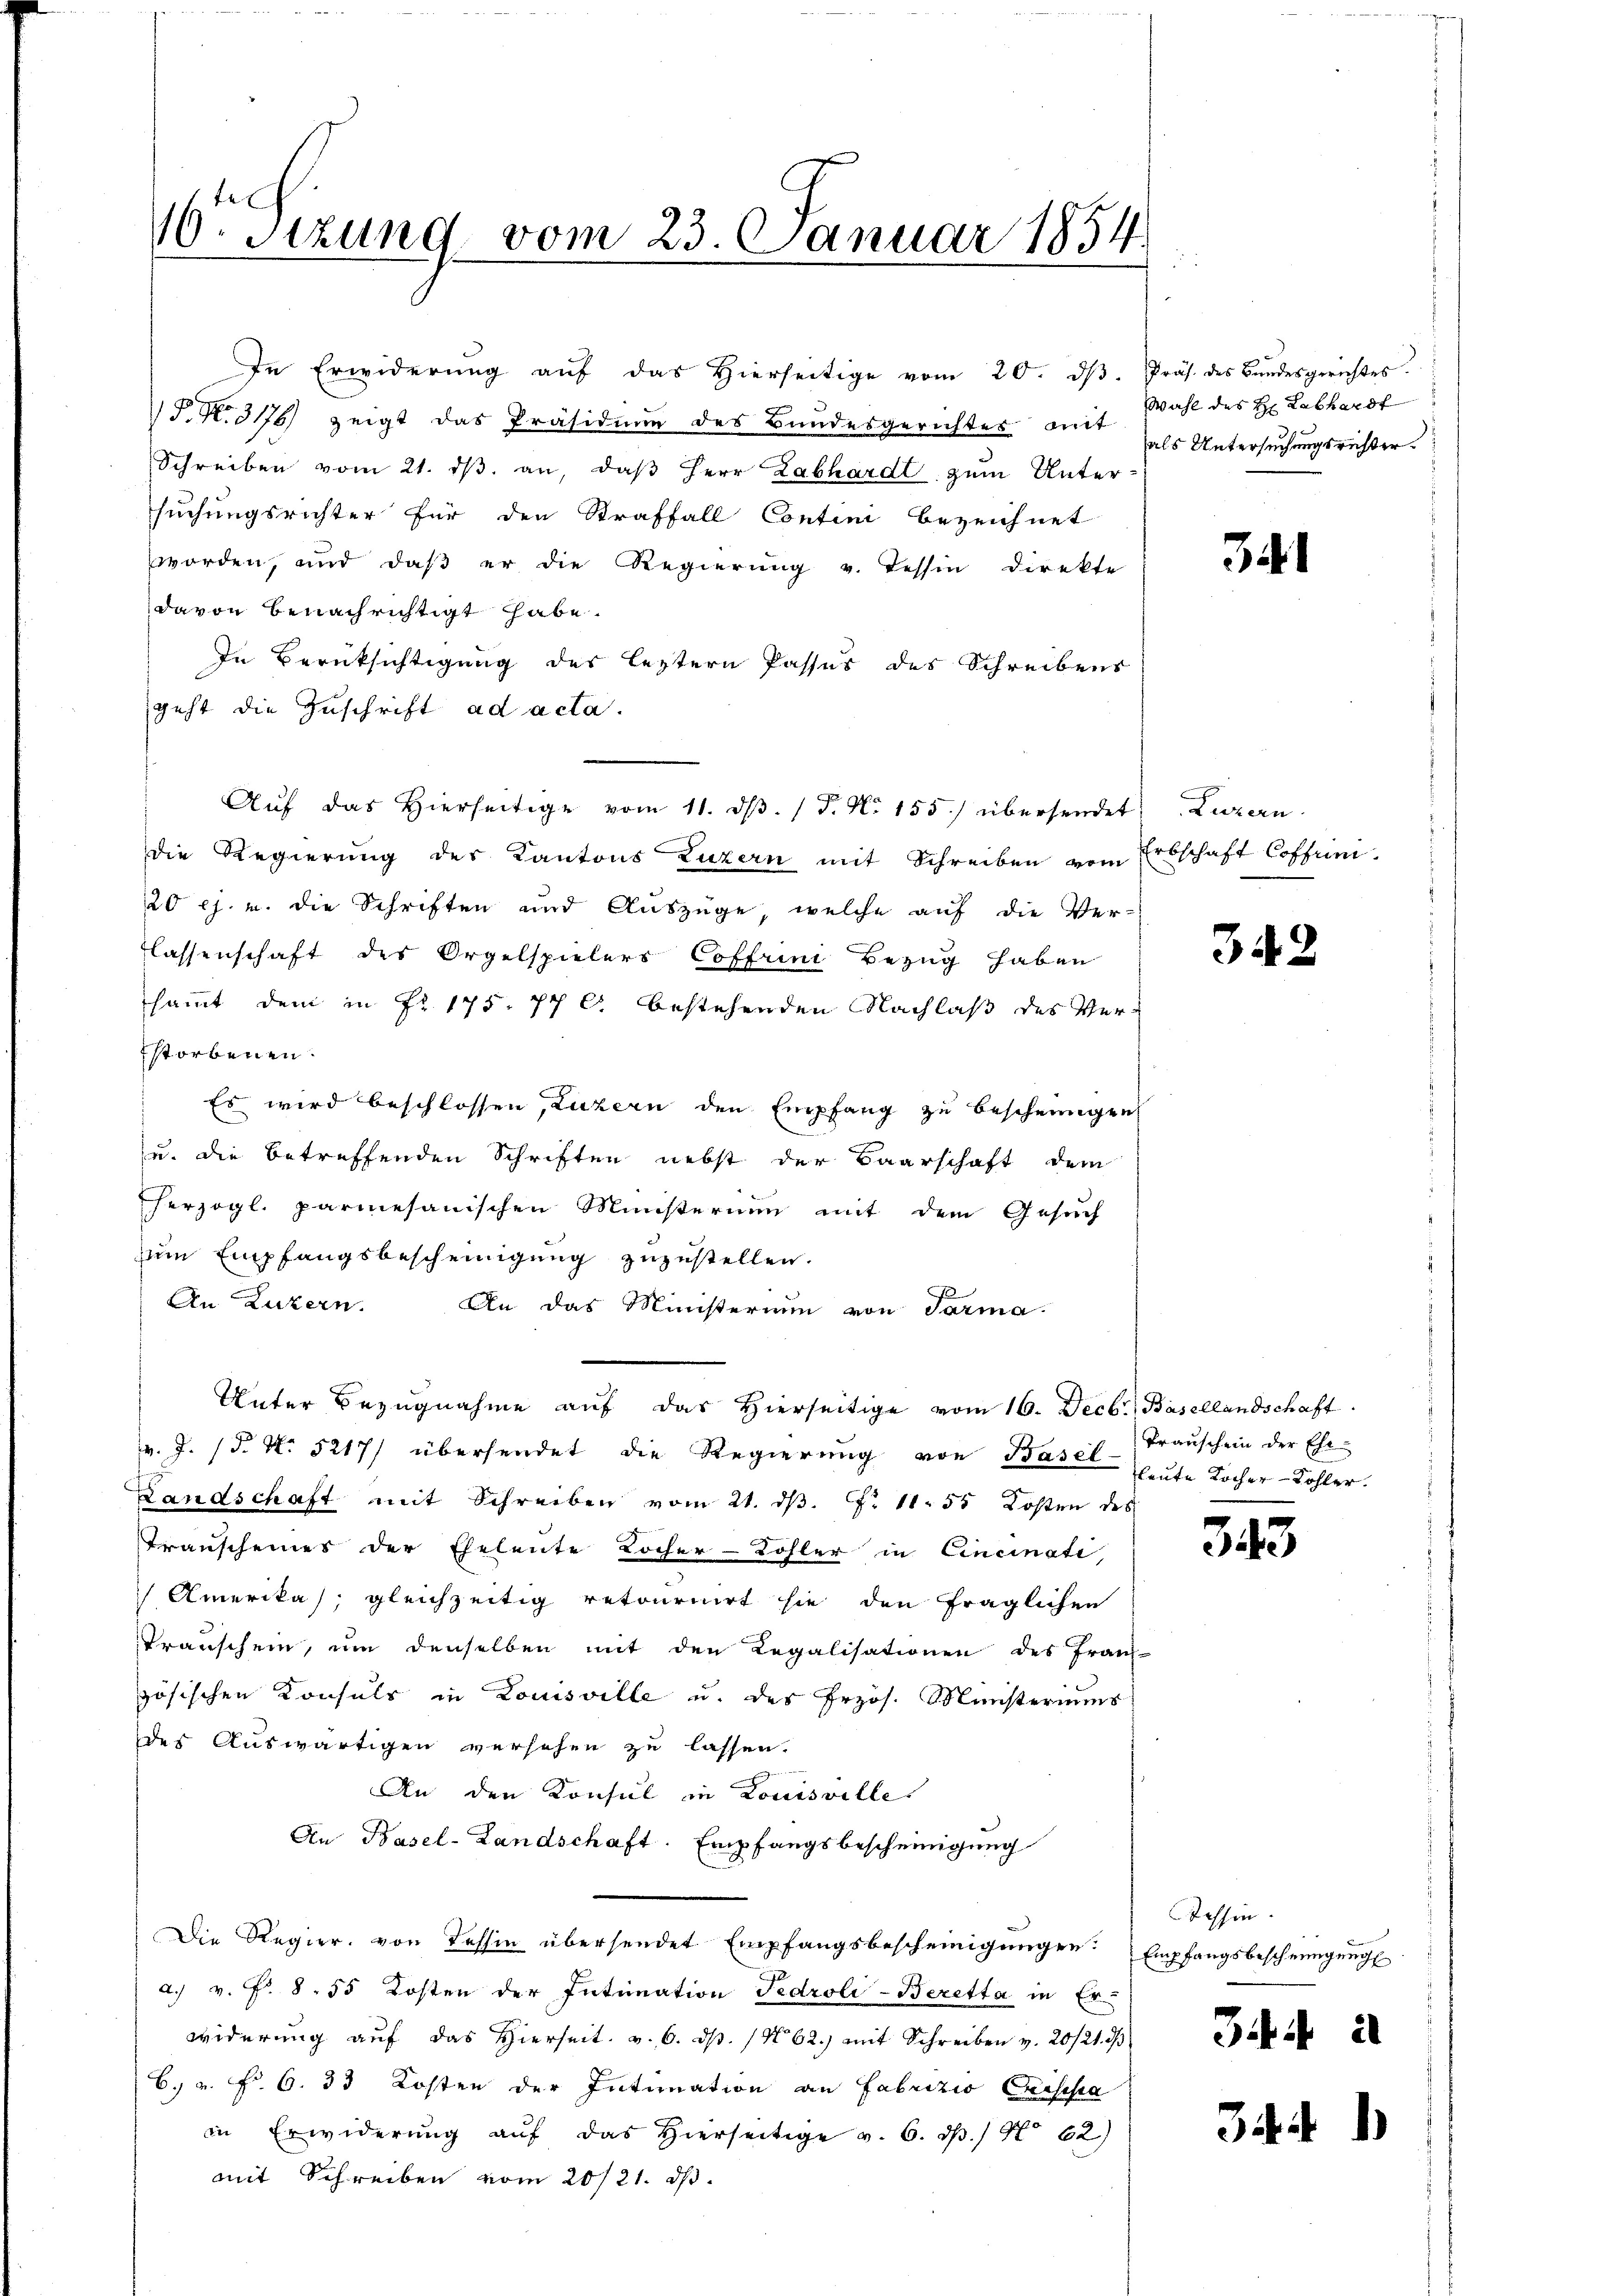
16. Sizung vom 23. Januar 1854.

P. N. 3176) zeigt das Präsidium des Bandesgerichter mit als Untersuchungsrichter¬
Schreiben vom 21. dβ an, daβ Herr Labhardt zum Unter
suchungsrichter für den Straffall Contini bezeichnet
worden, und daß er die Regierung v. Tessin Direkte
davon benachrichtigt habe.
In Berüksichtigung der leztern Passus des Schreibens
geht die Zuschrift ad acta.
Aŭf das hierseitige vom 11. dβ. P. N. 155) übersendet Luzern
die Regierung des Kantons Luzern mit Schreiben vom Erbschaft Coffuni-
20 l. u. die Schriften und Auszüge, welche auf die Ver-
Classenschaft des Orgelspielers Coffrii Bezug haben
sammt dem in Nr. 175. 77 l. bestehenden Nachlaß des Verstorbenen.
Es wird beschlossen, Luzern den Empfang zu bescheinigen
u. die betreffenden Schriften nebst der Baarschaft dem
herzogl. parmesanischen Ministernen mit dem Gesŭch
zum Empfangsbescheinigung zuzustellen.
An Luzern. An das Ministerium von Tarma.
Unter Bezugnahme auf das hierseitige vom 16. Decbr. Basellandschaft
v. J. (§. N. 5217/ übersendet die Regierung von Basel heute Locher-Kohler.
Landschaft mit Schreiben vom 21. dβ. F. 11. 55 Kosten des
Transcheiner der Eheleute Löcher-Kohler in Cincinati,
Amerikas, gleichzeitig retournirt sie den fraglichen
Transchein, um denselben mit den Regalisationen des Trau-
zösischen Konsuls in Louisville u. des Erzös. Ministeriums
des Auswärtigen versehen zu lassen.
An den Konsul in Louisville
An Basel-Landschaft. Empfangsbescheinigung
Die Regier, von Tessin übersendet Empfangsbescheinigungen Empfangsbescheinigungs
a. v. P. 8. 55 Kosten der Intimation Fedroli-Beretta in Erwiderung auf das Hierseit v. 6. ds. No 62) mit Schreiben v. 20/21. 3
6. v. fr. 6. 33 Kosten der Intimation an Fabrizio Geisesa
in Erwiderung auf das hierseitige v. 6. ds. / No 62)
mit Schreiben vom 20/21. ds.

In Erwiderŭng aŭf das hierseitige vom 20. dβ. Präs. des Bŭndesgerichtes.

Wahl des H: Labhardt

31

342

Transchein der Ehe-

343

Tessin.

3